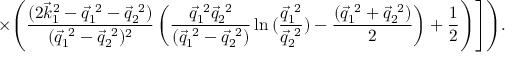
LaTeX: \times \Biggl . \Biggl . \Biggl ( \frac { ( 2 { \vec { k } } _ { 1 } ^ { 2 } - \vec { q } _ { 1 } ^ { ~ 2 } - \vec { q } _ { 2 } ^ { ~ 2 } ) } { ( \vec { q } _ { 1 } ^ { ~ 2 } - \vec { q } _ { 2 } ^ { ~ 2 } ) ^ { 2 } } \left( \frac { \vec { q } _ { 1 } ^ { ~ 2 } \vec { q } _ { 2 } ^ { ~ 2 } } { ( \vec { q } _ { 1 } ^ { ~ 2 } - \vec { q } _ { 2 } ^ { ~ 2 } ) } \ln { ( \frac { \vec { q } _ { 1 } ^ { ~ 2 } } { \vec { q } _ { 2 } ^ { ~ 2 } } ) } - \frac { ( \vec { q } _ { 1 } ^ { ~ 2 } + \vec { q } _ { 2 } ^ { ~ 2 } ) } 2 \right) + \frac 1 2 \Biggr ) \Biggr ] \Biggr ) .